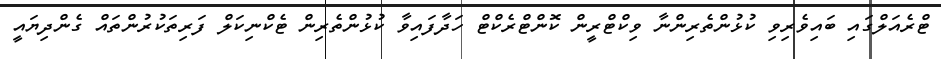
ޓްރެއަލްގައި ބައިވެރިވި ކުޅުންތެރިންނާ ވިކްޓްރީން ކޮންޓްރެކްޓް ހަދާފައިވާ ކުޅުންތެރިން ޓެކްނިކަލް ފަރިތަކުރުންތައް ގެންދިޔައީ